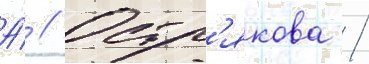
А́ // Остр'якова /